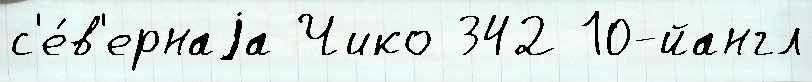
с'е́в'ернаjа Чико 342 10-йангл